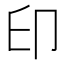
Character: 印